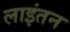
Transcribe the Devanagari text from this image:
लाइंतन